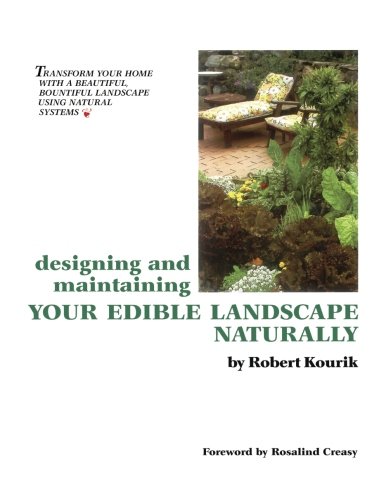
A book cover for Designing and Maintaining Your Edible Landscape Naturally; Robert Kourik; Crafts, Hobbies & Home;